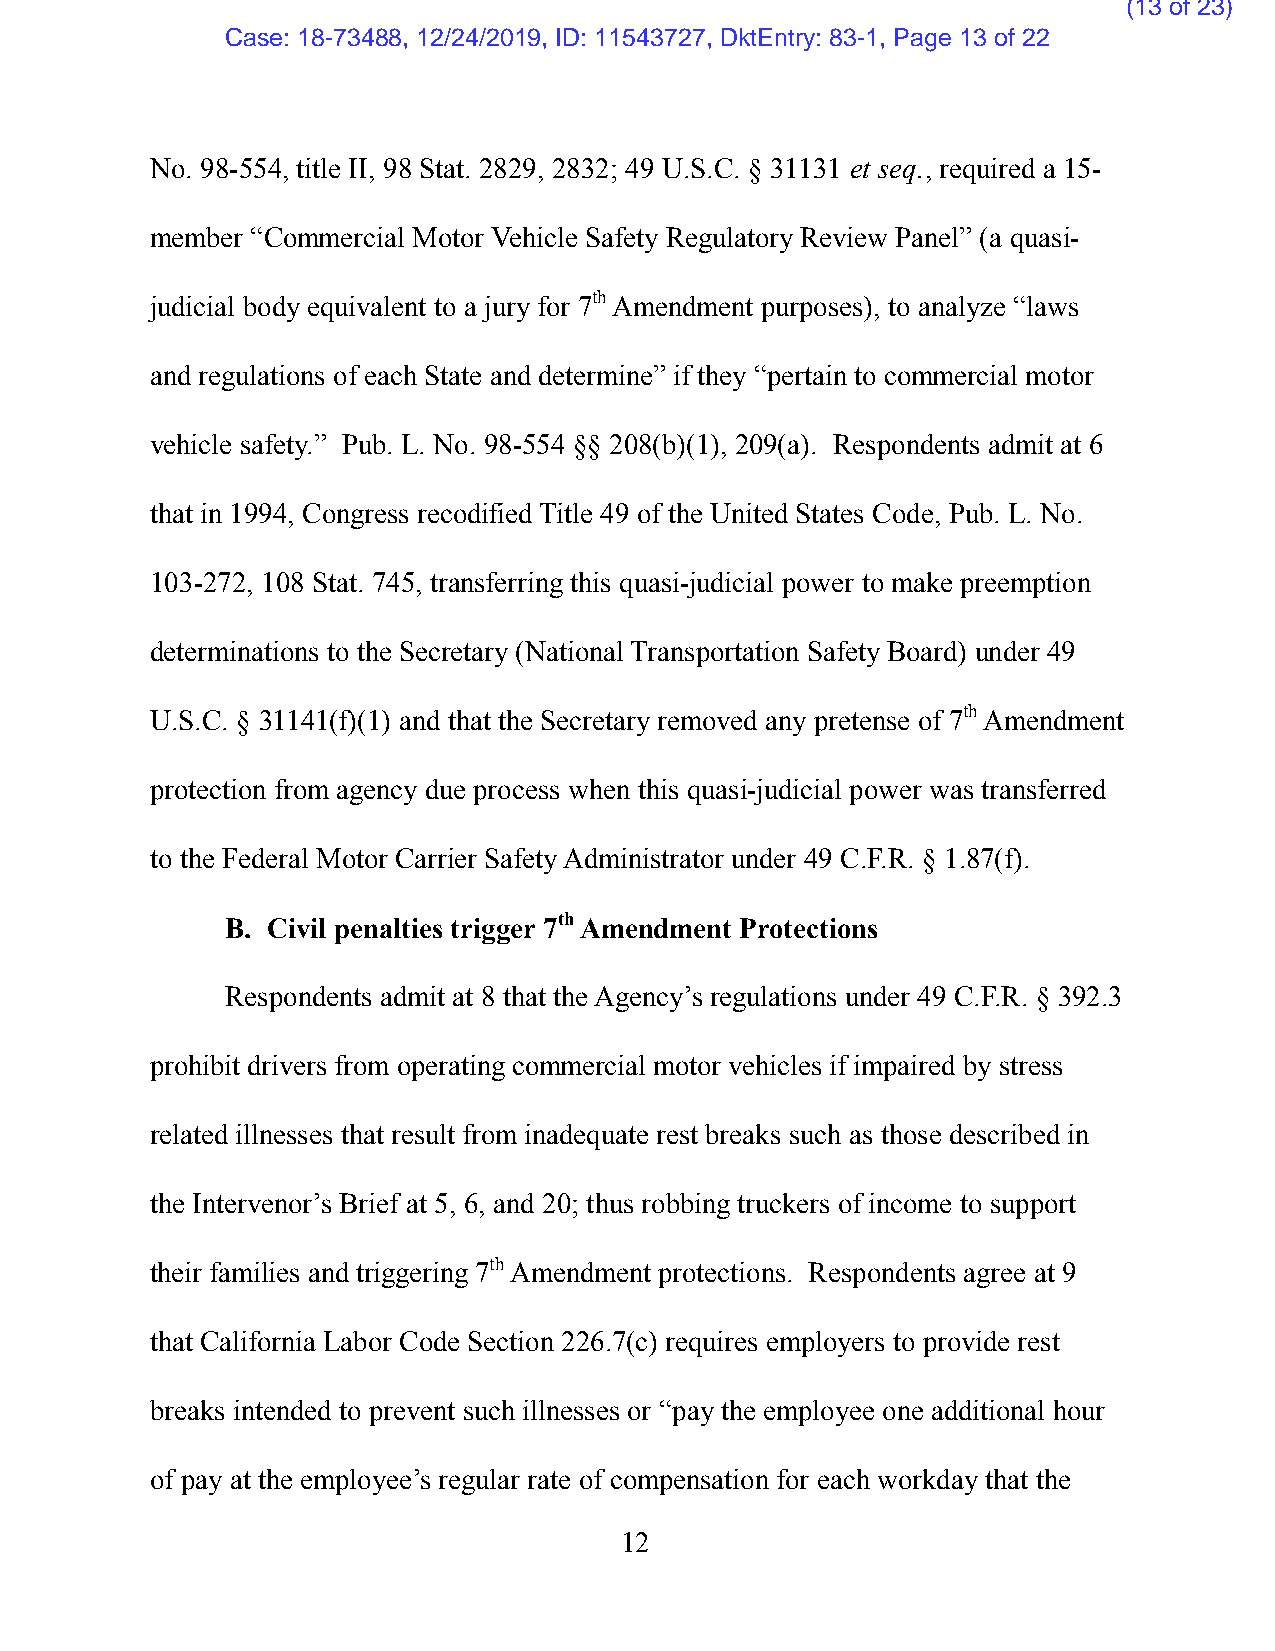
(13 of 23)
 Case: 18-73488, 12/24/2019, ID: 11543727, DktEntry: 83-1, Page 13 of 22
 No. 98-554, title II, 98 Stat. 2829, 2832; 49 U.S.C. § 31131 et seq., required a 15-
 member “Commercial Motor Vehicle Safety Regulatory Review Panel” (a quasi-
 judicial body equivalent to a jury for 7th Amendment purposes), to analyze “laws
 and regulations of each State and determine” if they “pertain to commercial motor
 vehicle safety.” Pub. L. No. 98-554 §§ 208(b)(1), 209(a). Respondents admit at 6
 that in 1994, Congress recodified Title 49 of the United States Code, Pub. L. No.
 103-272, 108 Stat. 745, transferring this quasi-judicial power to make preemption
 determinations to the Secretary (National Transportation Safety Board) under 49
 U.S.C. § 31141(f)(1) and that the Secretary removed any pretense of 7th Amendment
 protection from agency due process when this quasi-judicial power was transferred
 to the Federal Motor Carrier Safety Administrator under 49 C.F.R. § 1.87(f).
 B. Civil penalties trigger 7th Amendment Protections
 Respondents admit at 8 that the Agency’s regulations under 49 C.F.R. § 392.3
 prohibit drivers from operating commercial motor vehicles if impaired by stress
 related illnesses that result from inadequate rest breaks such as those described in
 the Intervenor’s Brief at 5, 6, and 20; thus robbing truckers of income to support
 their families and triggering 7th Amendment protections. Respondents agree at 9
 that California Labor Code Section 226.7(c) requires employers to provide rest
 breaks intended to prevent such illnesses or “pay the employee one additional hour
 of pay at the employee’s regular rate of compensation for each workday that the
 12